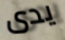
يدى